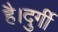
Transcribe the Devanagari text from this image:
है।दुर्गी